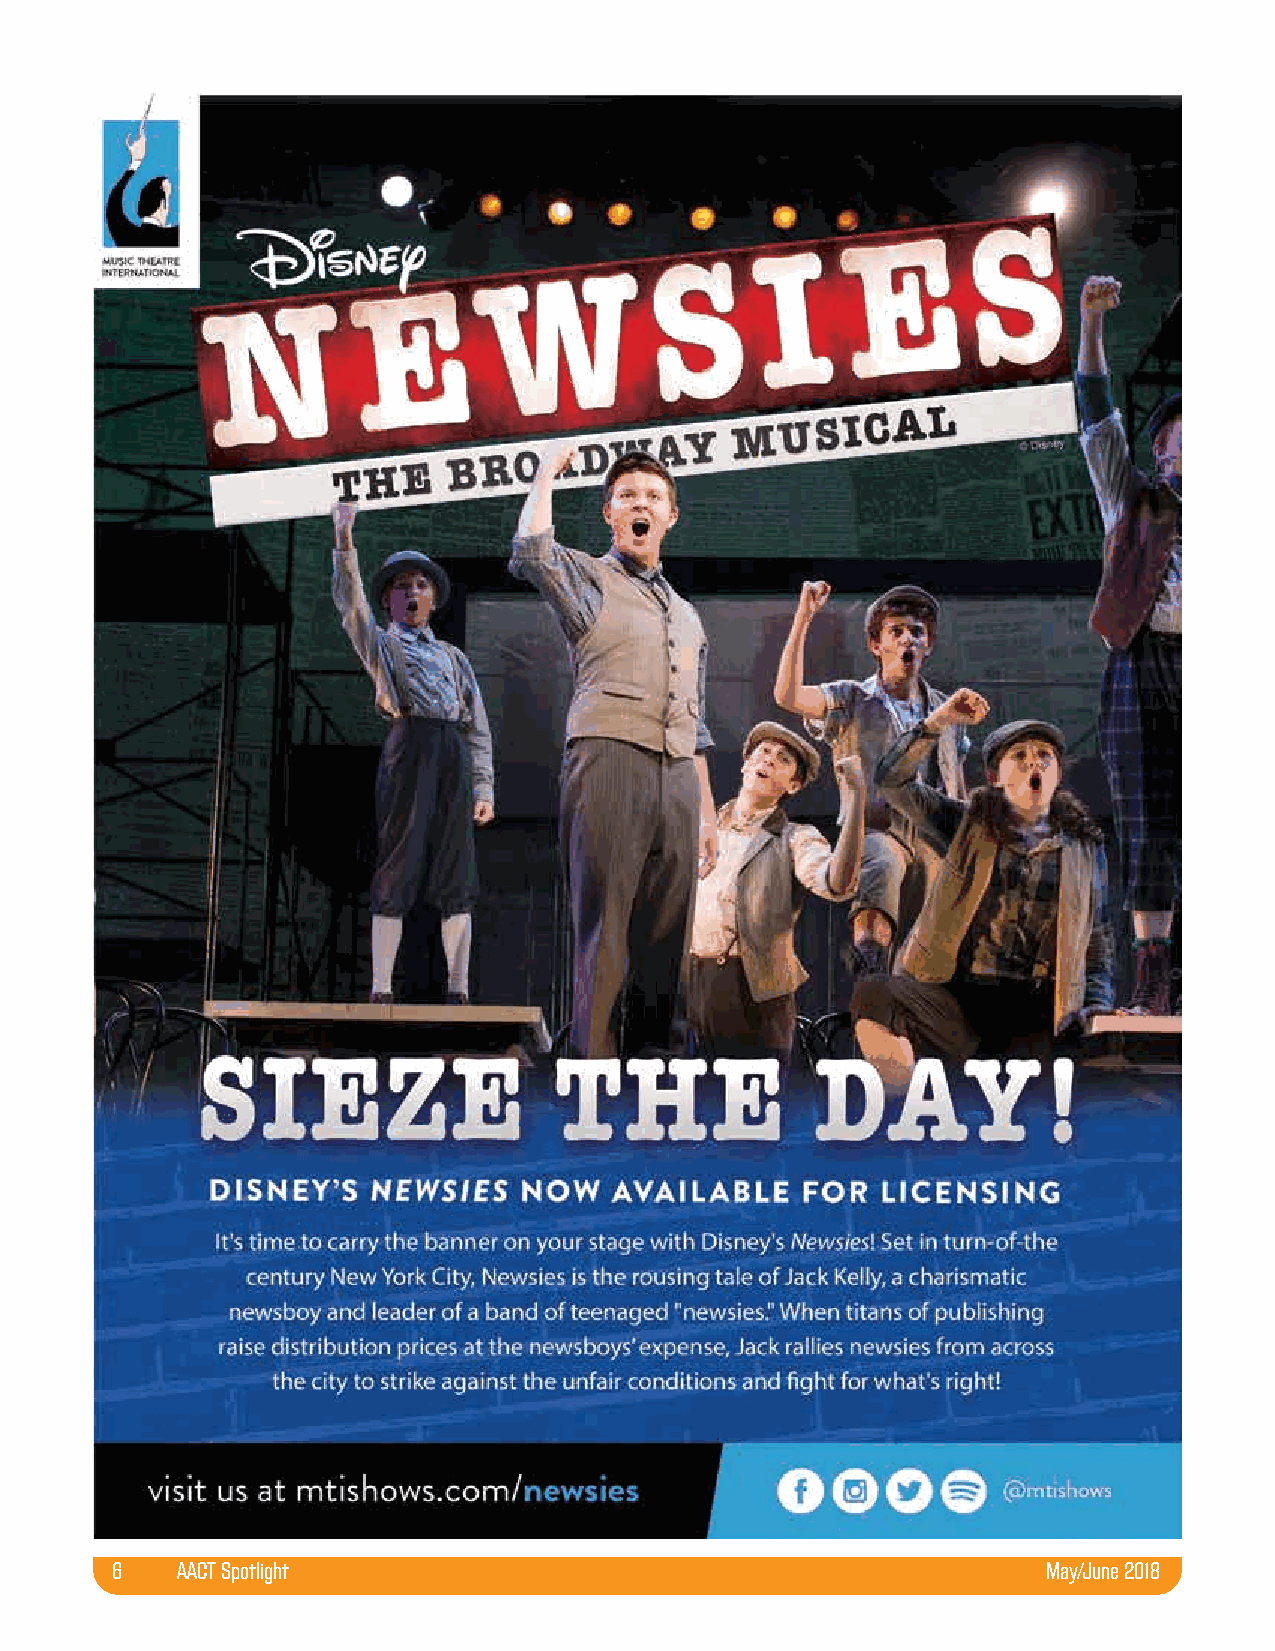
6    AACT Spotlight                                           May/June 2018